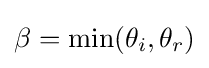
\beta =\min(\theta _{i},\theta _{r})